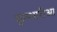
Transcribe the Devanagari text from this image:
कुम्भारीआ